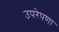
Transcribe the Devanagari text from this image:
उपरेपणा